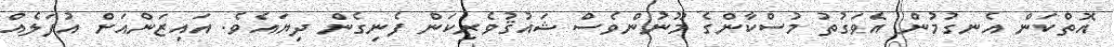
އޮތްކަން އެނގުމުން އެވަގުތު މުސްކާންގެ މޫނުންވެސް ޝައުޤުވެރިކަން ފެނިގެން ދިޔައެވެ. އައިޒަންއަށް އުފަލެއް